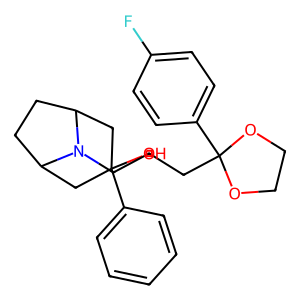
SMILES: OC1(c2ccccc2)CC2CCC(C1)N2CCCC1(c2ccc(F)cc2)OCCO1
Inhibits HIV replication: No